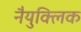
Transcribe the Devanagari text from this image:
नैयुक्लिक